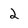
Character: 2